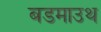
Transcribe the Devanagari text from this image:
बडमाउथ